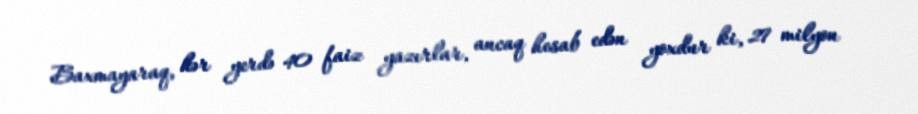
Baxmayaraq, hər yerdə 40 faiz yazırlar, ancaq hesab edən yoxdur ki, 27 milyon